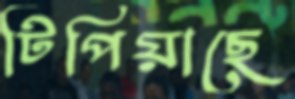
টিপিয়াছে